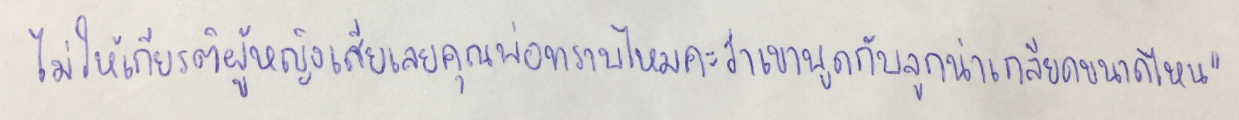
ไม่ให้เกียรติผู้หญิงเสียเลยคุณพ่อทราบไหมคะว่าเขาพูดกับลูกน่าเกลียดขนาดไหน"